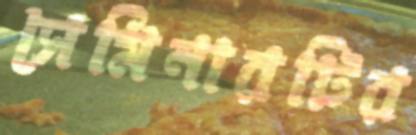
সেমিনারটির